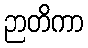
ဉာတိကာ